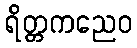
ရိတ္တကညေဝ